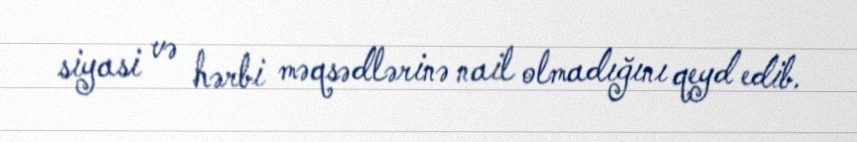
siyasi və hərbi məqsədlərinə nail olmadığını qeyd edib.